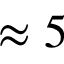
\approx 5